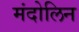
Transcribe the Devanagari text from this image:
मंदोलिन